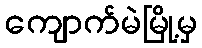
ကျောက်မဲမြို့မှ